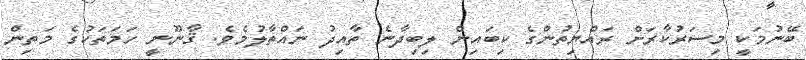
ބޭނުމަކީ މިސަރުކާރަށް ރައްޔިތުންގެ ކިބައިން ލިބިދާނެ ތާއިދު ނައްތާލުމެވެ. ޤާނޫނީ ހަމަތަކުގެ މަތިން